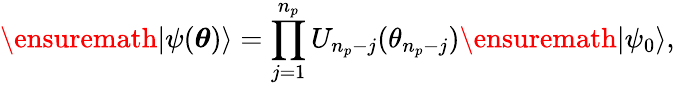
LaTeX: \ensuremath{\lvert{\psi({\boldsymbol{\theta}})}\rangle}=\prod_{j=1}^{n_{p}}U_{n_{p}-j}(\theta_{n_{p}-j})\ensuremath{\lvert{\psi_{0}}\rangle},